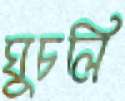
ঘুচলি